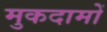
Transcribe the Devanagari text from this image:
मुकदामों